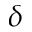
{ \delta }